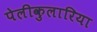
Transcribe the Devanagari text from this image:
पेलीकुलारिया